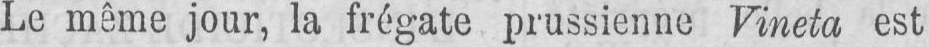
Le même jour, la frégate prussienne Vineta est